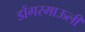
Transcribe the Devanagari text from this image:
डोंगरमाऊली